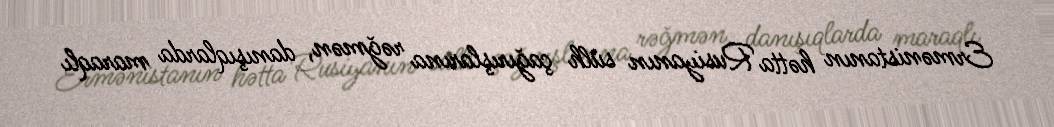
Ermənistanın hətta Rusiyanın sülh çağırışlarına rəğmən, danışıqlarda maraqlı